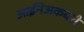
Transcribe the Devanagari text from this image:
आईनेअकबरी